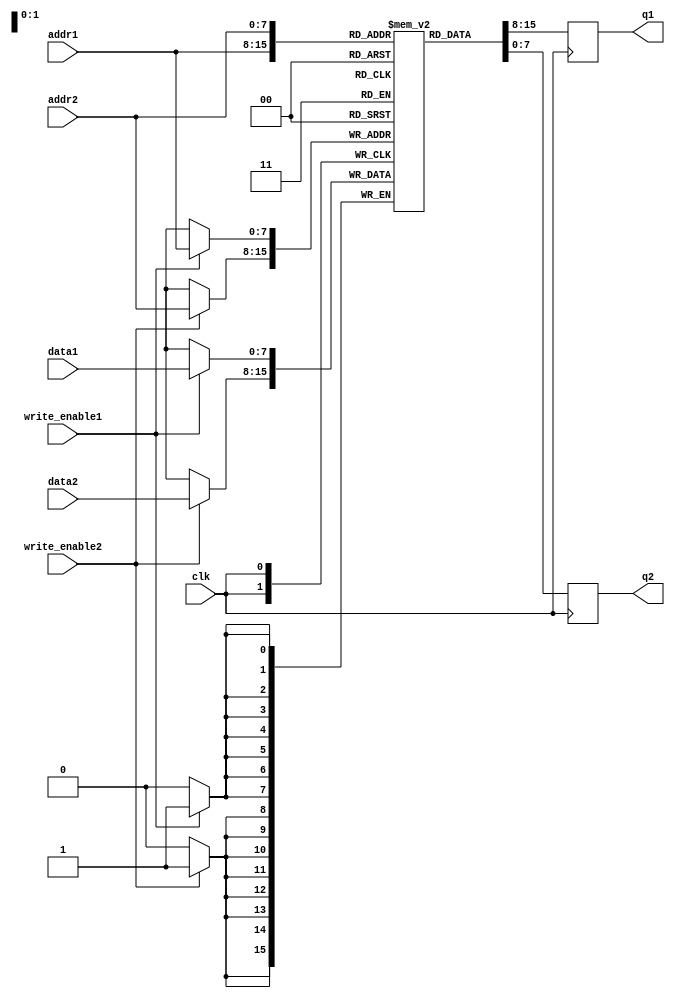
module dual_port_ram (
    input wire clk,
    input wire [7:0] addr1,
    input wire [7:0] addr2,
    input wire [7:0] data1,
    input wire write_enable1,
    input wire [7:0] data2,
    input wire write_enable2,
    output reg [7:0] q1,
    output reg [7:0] q2
);

reg [7:0] ram [0:255];

always @(posedge clk) begin
    if (write_enable1) begin
        ram[addr1] <= data1;
    end
    if (write_enable2) begin
        ram[addr2] <= data2;
    end
    q1 <= ram[addr1];
    q2 <= ram[addr2];
end

endmodule